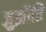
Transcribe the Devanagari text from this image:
जुझौति